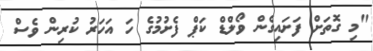
"މި ގޮތަށް ފަށައިގެން ވޯލްޑް ކަޕް ފެށުމުގެ ހަ އަހަރު ކުރިން ވެސް